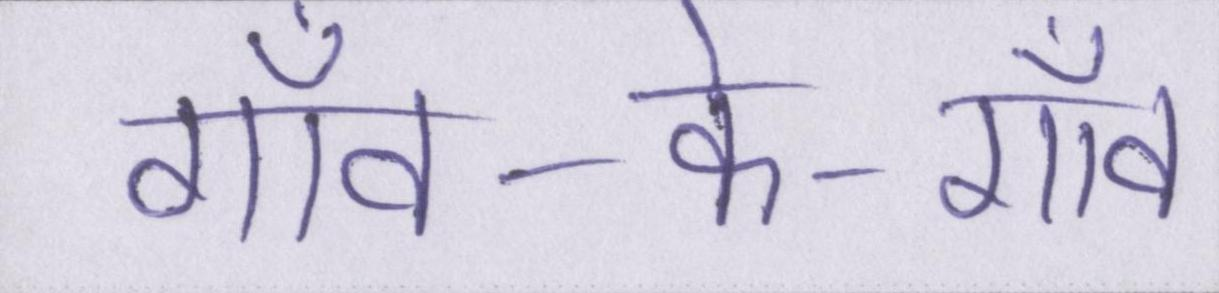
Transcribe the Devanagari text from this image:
गाँव-के-गाँव